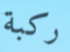
ركبة